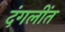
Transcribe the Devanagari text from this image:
दंगलींत